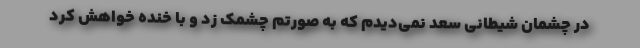
در چشمان شیطانی سعد نمی‌دیدم که به صورتم چشمک زد و با خنده خواهش کرد